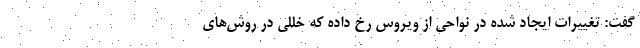
گفت: تغییرات ایجاد شده در نواحی از ویروس رخ داده که خللی در روش‌های